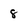
Character: 8